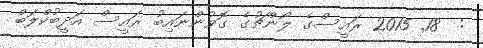
:  18